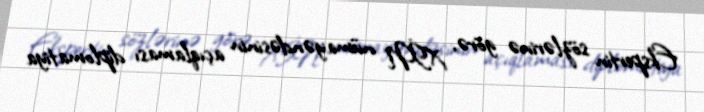
Ekspertin sözlərinə görə, XİN nümayəndəsinin açıqlaması diplomatiya